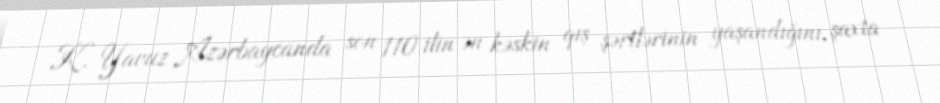
K. Yavuz Azərbaycanda son 110 ilin ən kəskin qış şərtlərinin yaşandığını, şaxta